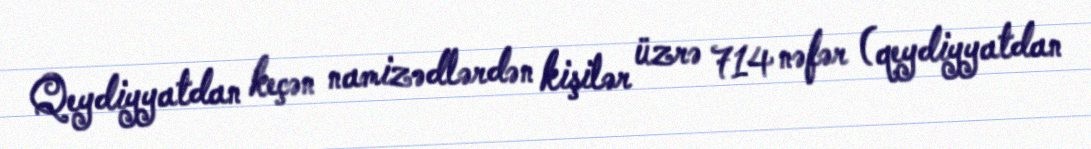
Qeydiyyatdan keçən namizədlərdən kişilər üzrə 714 nəfər (qeydiyyatdan